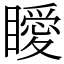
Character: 瞹